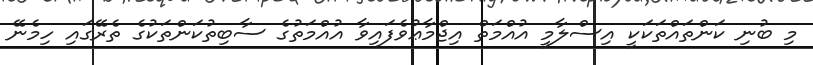
މި ބުނި ކަންތައްތަކަކީ އިސްލާމީ އުއްމަތް އިޖްމާޢުވެފައިވާ އުއްމަތުގެ ސާބިތުކަންތަކުގެ ތެރޭގައި ހިމެނޭ